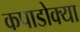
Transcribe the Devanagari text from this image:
कपाडोक्या